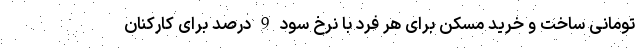
تومانی ساخت و خرید مسکن برای هر فرد با نرخ سود 9 درصد برای کارکنان